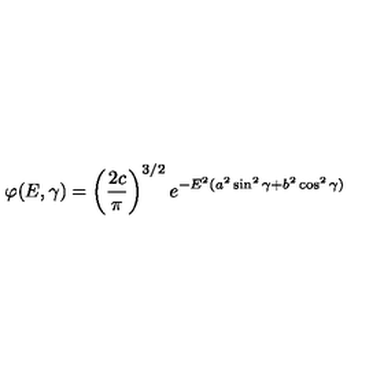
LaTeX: \varphi ( E , \gamma ) = \left( \frac { 2 c } { \pi } \right) ^ { 3 / 2 } e ^ { - E ^ { 2 } ( a ^ { 2 } \sin ^ { 2 } \gamma + b ^ { 2 } \cos ^ { 2 } \gamma ) }